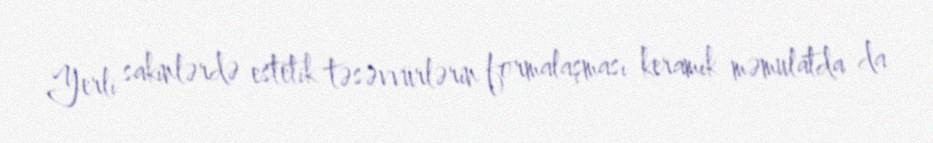
Yerli sakinlərdə estetik təsəvvürlərin formalaşması keramik məmulatda da